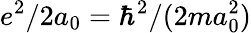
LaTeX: e^{2}/2a_{0}=\hbar^{2}/(2ma_{0}^{2})